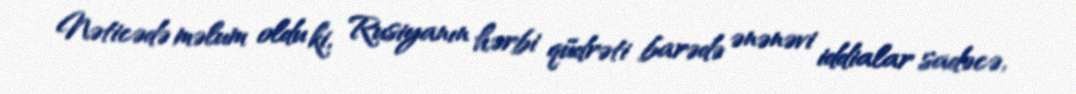
Nəticədə məlum oldu ki, Rusiyanın hərbi qüdrəti barədə ənənəvi iddialar sadəcə,